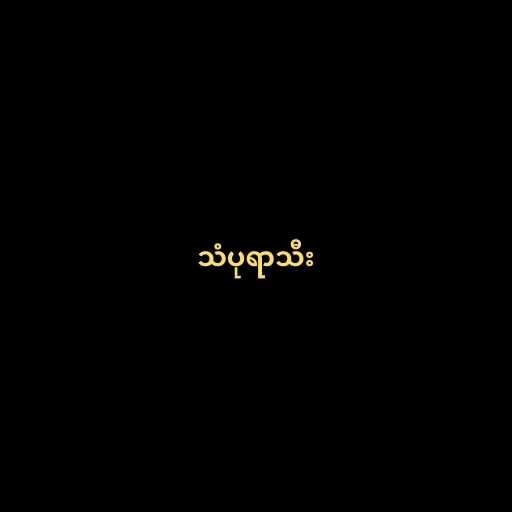
သံပုရာသီး